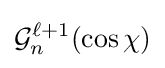
{\mathcal {G}}_{n}^{\ell +1}(\cos \chi )